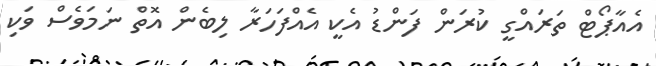
އެއާޕޯޓް ތަރައްގީ ކުރަން ފަންޑު އެކީ އެއްފަހަރާ ލިބެން އޮތް ނަމަވެސް ވަކި